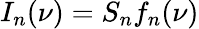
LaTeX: I_{n}(\nu)=S_{n}f_{n}(\nu)